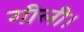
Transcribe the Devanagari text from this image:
गीली।